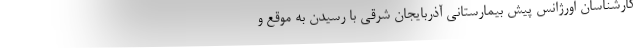
کارشناسان اورژانس پیش بیمارستانی آذربایجان شرقی با رسیدن به موقع و